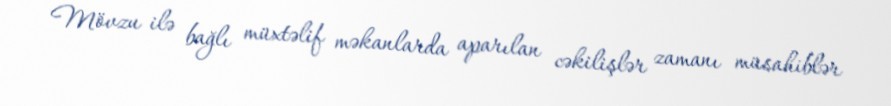
Mövzu ilə bağlı müxtəlif məkanlarda aparılan cəkilişlər zamanı müsahiblər